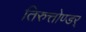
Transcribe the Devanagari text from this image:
तिरुत्तोण्डर्